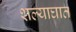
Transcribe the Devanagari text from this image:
शल्याघात